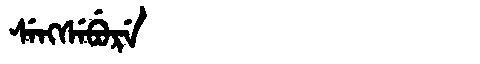
Manchu: ᠰᡝᠩᠰᡝᠪᡠᡵᡝ
Romanization: SENGSEBURE